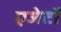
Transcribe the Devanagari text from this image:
एजेटों